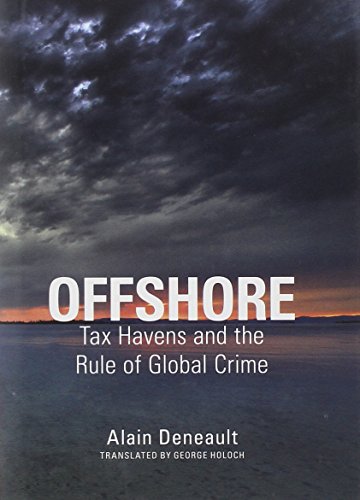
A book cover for Offshore: Tax Havens and the Rule of Global Crime; Alain Deneault; Law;